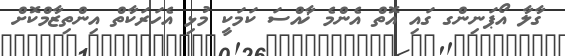
ގާލާ އޯޕަނިންގ ގައި އޮތް އެންމެ ޚާއްސަ ކަމަކީ މުޅި އެހަރަކާތް އިންތިޒާމްކޮށް